Vaccination United Provinces of Agra and Oudh 1923-1928 - 1923-1928
Year: 1923
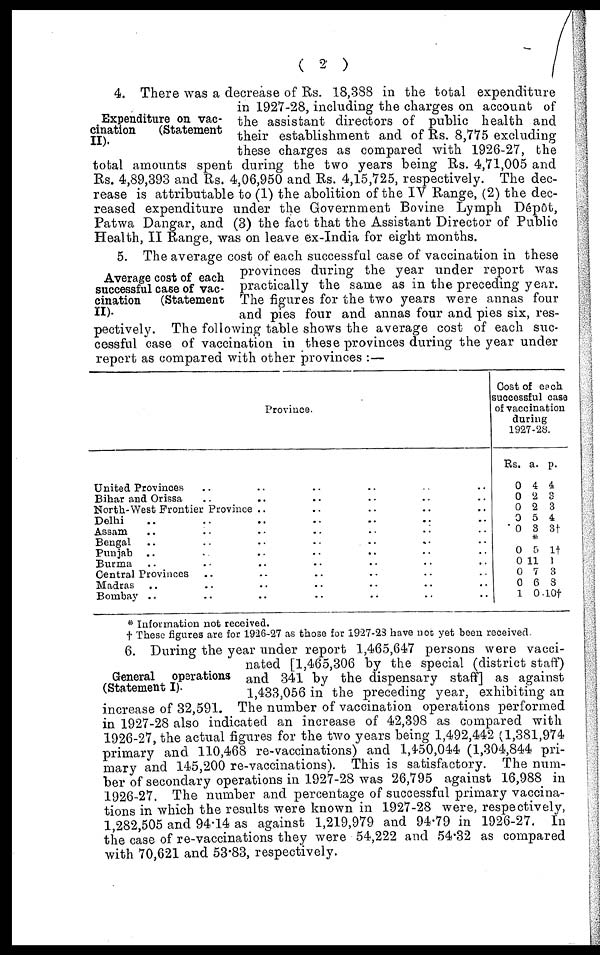
( 2 )
Expenditure on vac-
cination
(Statement
II).
4. There was a decrease of Rs. 18,388 in the total expenditure
in 1927-28, including the charges on account of
the assistant directors of public health and
their establishment and of Rs. 8,775 excluding
these charges as compared with 1926-27, the
total amounts spent during the two years being Rs. 4,71,005 and
Rs. 4,89,393 and Rs. 4,06,950 and Rs. 4,15,725, respectively. The dec-
rease is attributable to (1) the abolition of the IV Range, (2) the dec-
reased expenditure under the Government Bovine Lymph Dépôt,
Patwa Dangar, and (3) the fact that the Assistant Director of Public
Health, II Range, was on leave ex-India for eight months.
Average cost of each
successful case of vac-
cination
(Statement
II).
5.
The average cost of each successful case of vaccination in these
provinces during the year under report was
practically the same as in the preceding year.
The figures for the two years were annas four
and pies four and annas four and pies six, res-
pectively. The following table shows the average cost of each suc-
cessful case of vaccination in these provinces during the year under
report as compared with other provinces :—
Province.
United Provinces .. .. .. .. .. ..
Bihar and Orissa .. .. .. .. .. ..
North-West Frontier Province .. .. .. ..
Delhi .. .. .. .. .. ..
Assam
..
..
..
..
..
Bengal .. .. .. .. ..
Punjab .. .. .. ..
Burma .. .. .. ..
Central Provinces .. .. .. ..
Madras .. .. .. .. ..
Bombay .. .. .. ..
Cost of each
successful case
of vaccination
during
1927-28.
Rs.
0
0
0
0
0
a.
4
2
2
5
3
p.
4
3
3
4
3†
*
0
0
0
0
1
5
11 7
6
0
1†
1
3
8
10†
* Information not received.
† These figures are for 1926-27 as those for 1927-23 have not; yet been received.
General operations
(Statement I).
6. During the year under report 1,465,647 persons were vacci-
nated [1,465,306 by the special (district staff)
and 341 by the dispensary staff] as against
1,433,056 in the preceding year, exhibiting an
increase of 32,591. The number of vaccination operations performed
in 1927-28 also indicated an increase of 42,398 as compared with
1926-27, the actual figures for the two years being 1,492,442 (1,381,974
primary and 110,468 re-vaccinations) and 1,450,044 (1,304,844 pri-
mary and 145,200 re-vaccinations). This is satisfactory. The num-
ber of secondary operations in 1927-28 was 26,795 against 16,988 in
1926-27. The number and percentage of successful primary vaccina-
tions in which the results were known in 1927-28 were, respectively,
1,282,505 and 94.14 as against 1,219,979 and 94.79 in 1926-27. In
the case of re-vaccinations they were 54,222 and 54.32 as compared
with 70,621 and 53.83, respectively.